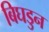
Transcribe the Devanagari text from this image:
बिघडुन